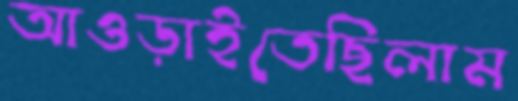
আওড়াইতেছিলাম